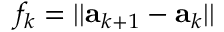
f _ { k } = | | { \bf a } _ { k + 1 } - { \bf a } _ { k } | |